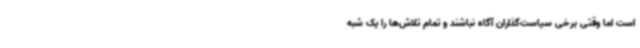
است اما وقتی برخی سیاست‌گذاران آگاه نباشند و تمام تلاش‌ها را یک شبه